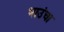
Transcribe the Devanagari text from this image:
भाउंचा